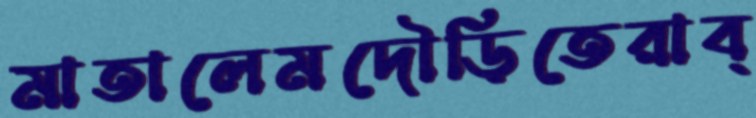
মাতালেমদৌড়িতেরাব্